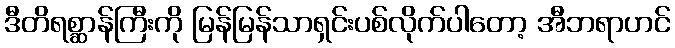
ဒီတိရစ္ဆာန်ကြီးကို မြန်မြန်သာရှင်းပစ်လိုက်ပါတော့ အီဘရာဟင်